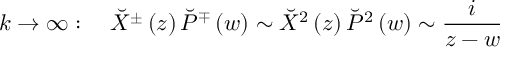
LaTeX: k \rightarrow \infty : \quad \breve { X } ^ { \pm } \left( z \right) \breve { P } ^ { \mp } \left( w \right) \sim \breve { X } ^ { 2 } \left( z \right) \breve { P } ^ { 2 } \left( w \right) \sim \frac i { z - w }